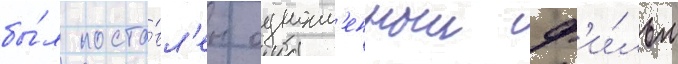
бы́л поста́вл'ен одноим'енныи ф'и́льм